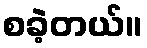
စခဲ့တယ်။